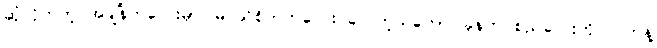
ဆုံလိုက်တဲ့ အချိန်ကလေးမှာ မြင်သိစိတ်ကလေး ပေါ်တဲ့သဘော၊ ခုနက စည်လေးကို လက်နဲ့